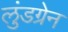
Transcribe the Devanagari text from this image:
लुंडग्रेन